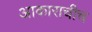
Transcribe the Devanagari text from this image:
आकाराचीच